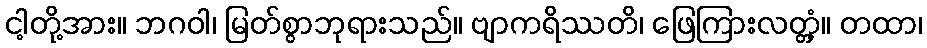
ငါ့တို့အား။ ဘဂဝါ၊ မြတ်စွာဘုရားသည်။ ဗျာကရိဿတိ၊ ဖြေကြားလတ္တံ့။ တထာ၊